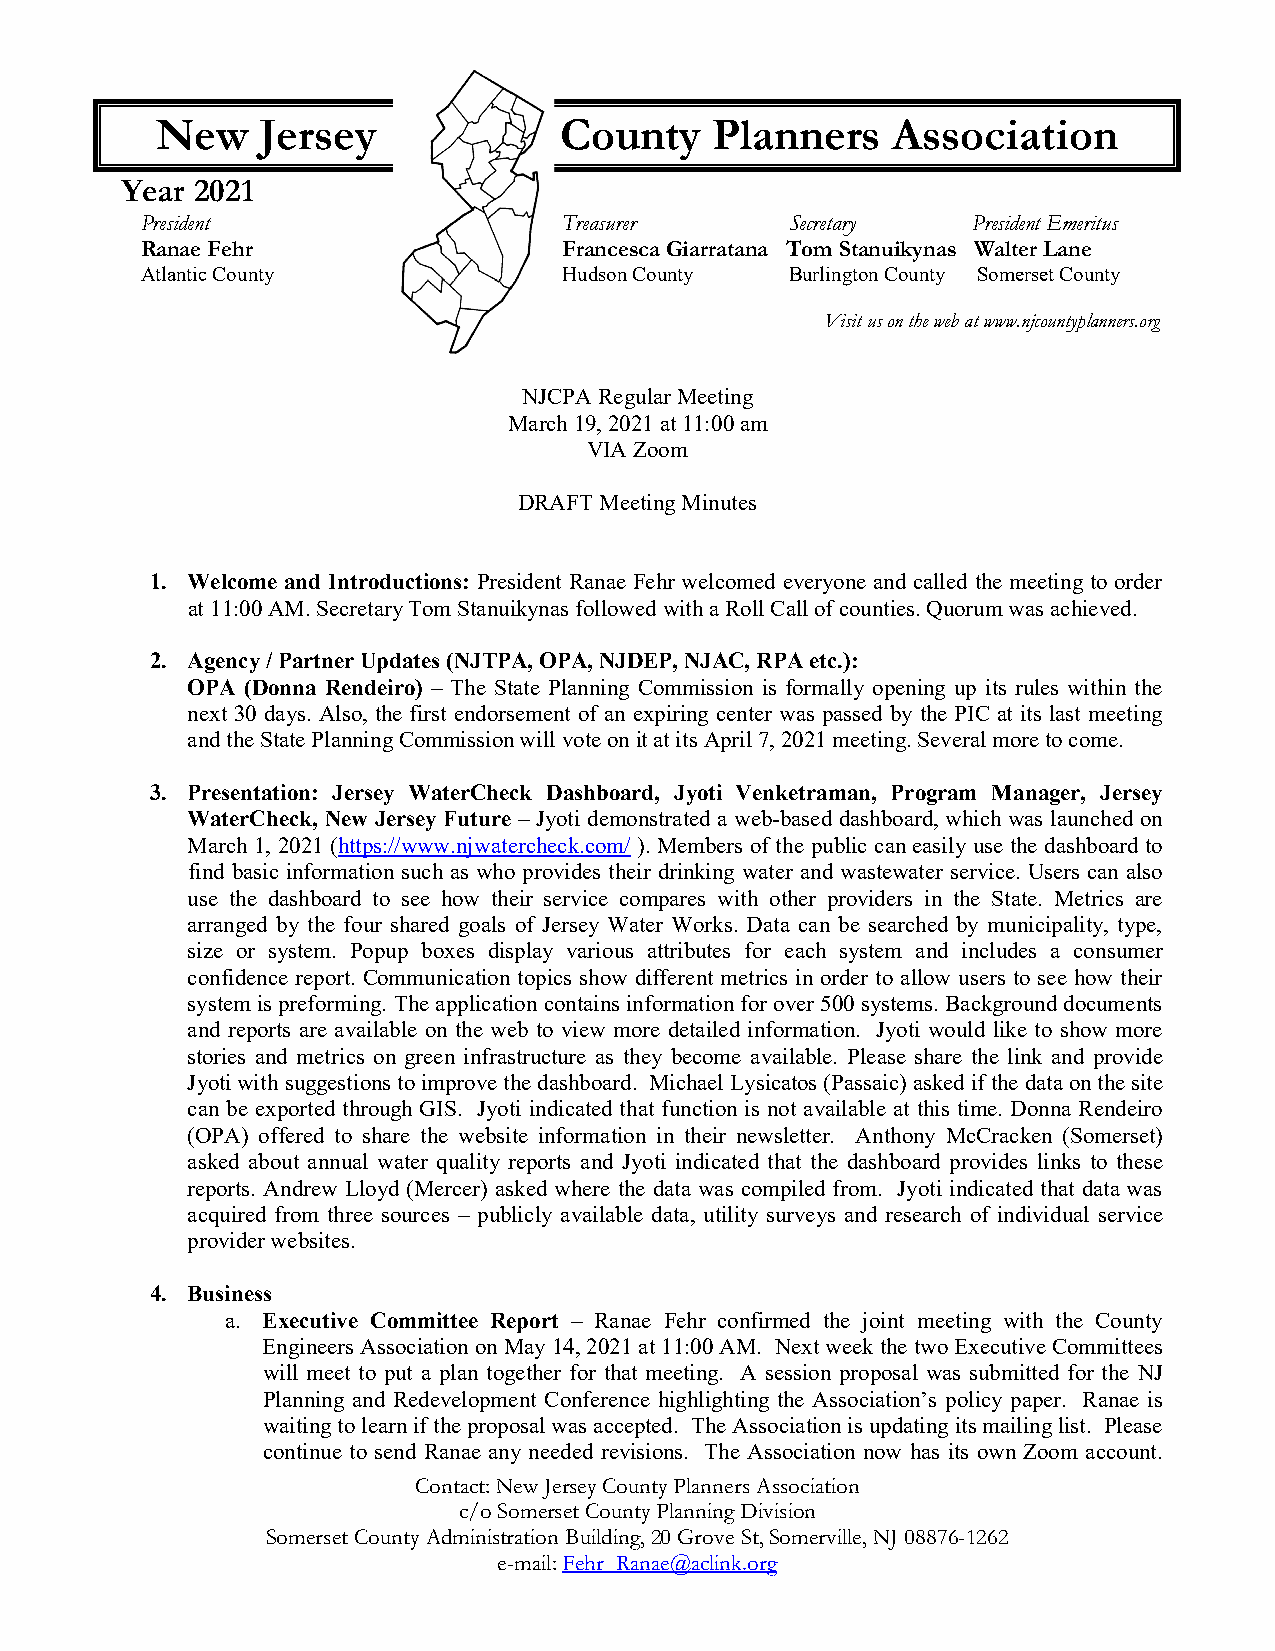
New    Jersey              County    Planners    Association
 Year 2021
 President                   Treasurer      Secretary   President Emeritus
 Ranae Fehr                  Francesca Giarratana Tom Stanuikynas Walter Lane
 Atlantic County             Hudson County  Burlington County Somerset County
 Visit us on the web at www.njcountyplanners.org
 NJCPA Regular Meeting
 March 19, 2021 at 11:00 am
 VIA Zoom
 DRAFT Meeting Minutes
 1. Welcome and Introductions: President Ranae Fehr welcomed everyone and called the meeting to order
 at 11:00 AM. Secretary Tom Stanuikynas followed with a Roll Call of counties. Quorum was achieved.
 2. Agency / Partner Updates (NJTPA, OPA, NJDEP, NJAC, RPA etc.):
 OPA (Donna Rendeiro) – The State Planning Commission is formally opening up its rules within the
 next 30 days. Also, the first endorsement of an expiring center was passed by the PIC at its last meeting
 and the State Planning Commission will vote on it at its April 7, 2021 meeting. Several more to come.
 3. Presentation: Jersey WaterCheck Dashboard, Jyoti Venketraman, Program Manager, Jersey
 WaterCheck, New Jersey Future – Jyoti demonstrated a web-based dashboard, which was launched on
 March 1, 2021 (https://www.njwatercheck.com/ ). Members of the public can easily use the dashboard to
 find basic information such as who provides their drinking water and wastewater service. Users can also
 use the dashboard to see how their service compares with other providers in the State. Metrics are
 arranged by the four shared goals of Jersey Water Works. Data can be searched by municipality, type,
 size or system. Popup boxes display various attributes for each system and includes a consumer
 confidence report. Communication topics show different metrics in order to allow users to see how their
 system is preforming. The application contains information for over 500 systems. Background documents
 and reports are available on the web to view more detailed information. Jyoti would like to show more
 stories and metrics on green infrastructure as they become available. Please share the link and provide
 Jyoti with suggestions to improve the dashboard. Michael Lysicatos (Passaic) asked if the data on the site
 can be exported through GIS. Jyoti indicated that function is not available at this time. Donna Rendeiro
 (OPA) offered to share the website information in their newsletter. Anthony McCracken (Somerset)
 asked about annual water quality reports and Jyoti indicated that the dashboard provides links to these
 reports. Andrew Lloyd (Mercer) asked where the data was compiled from. Jyoti indicated that data was
 acquired from three sources – publicly available data, utility surveys and research of individual service
 provider websites.
 4. Business
 a. Executive Committee Report – Ranae Fehr confirmed the joint meeting with the County
 Engineers Association on May 14, 2021 at 11:00 AM. Next week the two Executive Committees
 will meet to put a plan together for that meeting. A session proposal was submitted for the NJ
 Planning and Redevelopment Conference highlighting the Association’s policy paper. Ranae is
 waiting to learn if the proposal was accepted. The Association is updating its mailing list. Please
 continue to send Ranae any needed revisions. The Association now has its own Zoom account.
 Contact: New Jersey County Planners Association
 c/o Somerset County Planning Division
 Somerset County Administration Building, 20 Grove St, Somerville, NJ 08876-1262
 e-mail: Fehr_Ranae@aclink.org